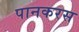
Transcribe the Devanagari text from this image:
पानकरस